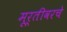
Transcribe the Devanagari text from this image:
मूर्तीवरचे